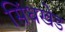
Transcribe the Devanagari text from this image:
सिंधखेड